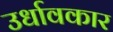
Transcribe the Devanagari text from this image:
उर्धावकार